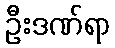
ဦးဒဏ်ရာ